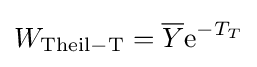
W_{\mathrm {Theil-T} }={\overline {Y}}\mathrm {e} ^{-T_{T}}